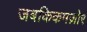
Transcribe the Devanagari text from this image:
जबकिकमज़ोर